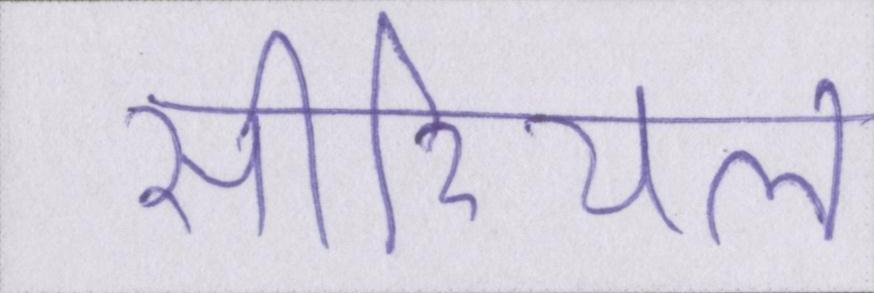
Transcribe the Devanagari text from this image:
सीरियल